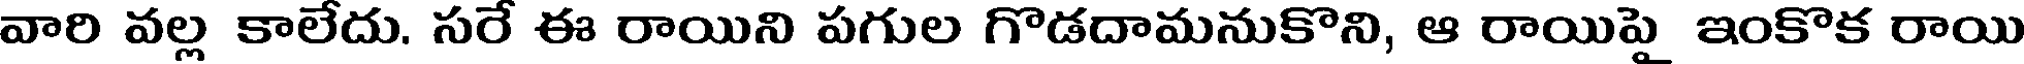
వారి వల్ల కాలేదు. సరే ఈ రాయిని పగుల గొడదామనుకొని, ఆ రాయిపై ఇంకొక రాయి